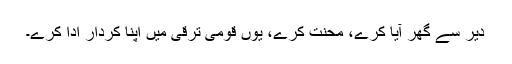
دیر سے گھر آیا کرے، محنت کرے، یوں قومی ترقی میں اپنا کردار ادا کرے۔